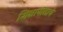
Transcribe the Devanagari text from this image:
शिक्षापीठाचे